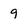
Character: 9